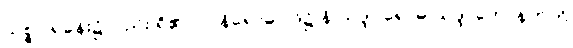
သစ္စဝါရခန်း၌လည်း ရှိ၏)။ ။ နိရောဓါပုဒ်၌ နိ-သဒ္ဒါ၊ ရောဓ-သဒ္ဒါ ဟောနက်ကို